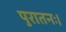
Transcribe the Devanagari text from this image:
पुरातनः।